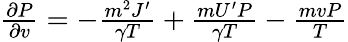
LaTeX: \begin{array}{r}{{\frac{\partial P}{\partial v}}=-{\frac{m^{2}J^{\prime}}{\gamma T}}+{\frac{mU^{\prime}P}{\gamma T}}-{\frac{mvP}{T}}}\end{array}